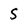
Character: S